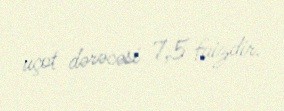
uçot dərəcəsi 7,5 faizdir.